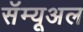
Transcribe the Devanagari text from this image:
सॅम्यूअल